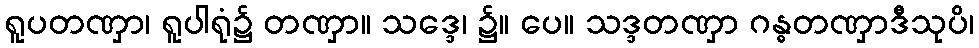
ရူပတဏှာ၊ ရူပါရုံ၌ တဏှာ။ သဒ္ဒေ၊ ၌။ ပေ။ သဒ္ဒတဏှာ ဂန္ဓတဏှာဒီသုပိ၊